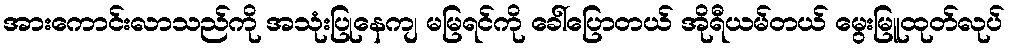
အားကောင်းလာသည်ကို အသုံးပြုနေကျ မမြရင်ကို ခေါ်ပြောတယ် အိုရီယမ်တယ် မွေးမြူထုတ်လုပ်